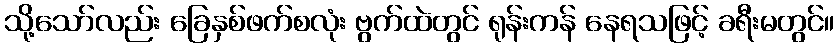
သို့သော်လည်း ခြေနှစ်ဖက်စလုံး ဗွက်ထဲတွင် ရုန်းကန် နေရသဖြင့် ခရီးမတွင်။